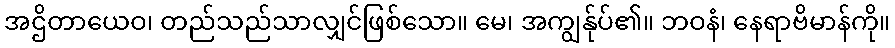
အဌိတာယေဝ၊ တည်သည်သာလျှင်ဖြစ်သော။ မေ၊ အကျွန်ုပ်၏။ ဘဝနံ၊ နေရာဗိမာန်ကို။